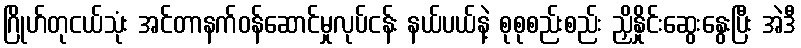
ဂြိုဟ်တုငယ်သုံး အင်တာနက်ဝန်ဆောင်မှုလုပ်ငန်း နယ်ပယ်နဲ့ စုစုစည်းစည်း ညှိနှိုင်းဆွေးနွေးပြီး အဲဒီ